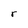
Character: r